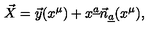
\vec { X } = \vec { y } ( x ^ { \mu } ) + x ^ { \underline { a } } \vec { n } _ { \underline { a } } ( x ^ { \mu } ) ,